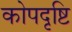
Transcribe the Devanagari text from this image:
कोपदृष्टि